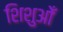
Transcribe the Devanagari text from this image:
शिशुओँ